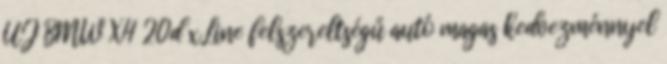
ÚJ BMW X4 20d xLine felszereltségű autó magas kedvezménnyel